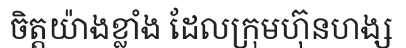
ចិត្តយ៉ាងខ្លាំង ដែលក្រុមហ៊ុនហង្ស